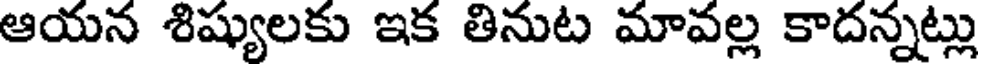
ఆయన శిష్యులకు ఇక తినుట మావల్ల కాదన్నట్లు